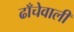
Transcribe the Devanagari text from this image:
ढाँचेवाली